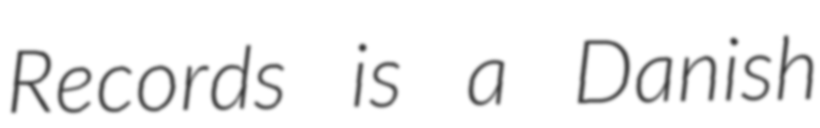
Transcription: Records is a Danish